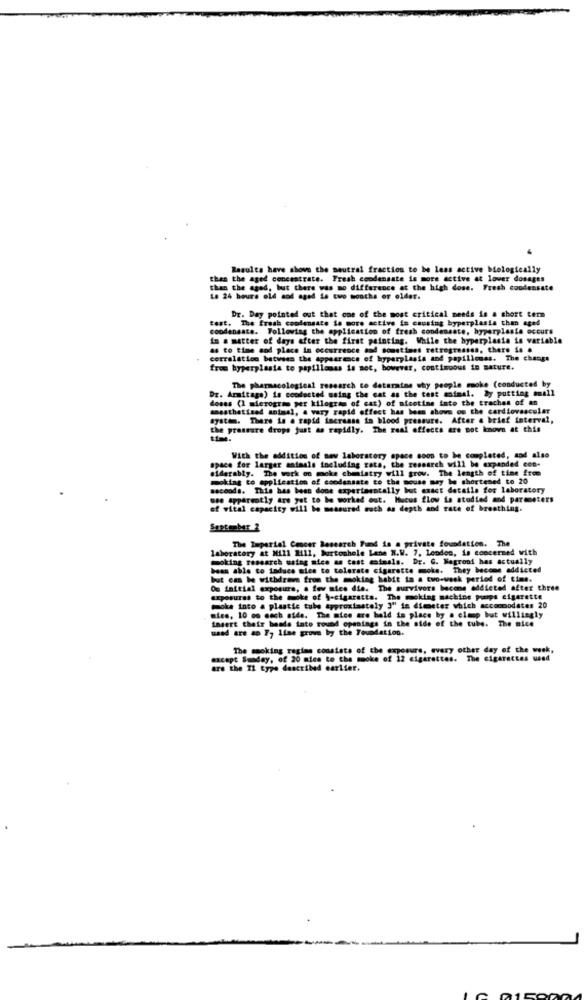
Results have shove the seutral fraction to be less active biologically
than the aged concentrate. Fresh condensate is more active at lower dosages
than the aged, but there was no difference at the high dose. Fresh condensate
La 24 hours old and aged Le two months or older.
test. The fresh condensate io more active is causing hyperplasia than aged
Dr. Day pointed out that one of the most critical needs is a short term
condensate. Following the application of fresh condensate, hyperplasie occurs
in a matter of days after the first painting. While the hyperplasia is variable
as to time and place in occurrence and soustines retrogressss, there is .
correlation between the Appearance of hyperplasia and papillonss. The change
from hyperplasia to papillomas is not, however, continuous in sature.
Dr. Armitage) is conducted using the cat as the test animal. by putting mall
The pharmacological research to determine why people moke (conducted by
doses (1 microgram per kilogram of cat) of nicotine into the trachea of an
mmesthatised animal, a vary rapid effect has been shown on the cardiovascular
system. There is a rapid increase in blood pressure. After a brief interval,
the pressure drops just as rapidly. The real effects are not known at this
space for larger animals including zata, the research will be expanded con-
With the addition of new laboratory space soon to be completed, and also
siderably. The work on mcke chemistry will grow. The length of time free
moking to application of condensate to the mouse may be shortened to 20
seconda. This has been done experimentally but exact details for laboratory
une apparently are yet to be worked out. Mucus flow is studied and parameters
of vital capacity will be measured such as depth and rate of breathing.
Sestenber 2
The Imperial Cancer Research Fund is a private foundation. The
laboratory at Mill Mil, burtonhole Lene N.W. 7, London, is concerned with
moking research usteg sice as test animals. Dr. G. Nagront has actually
bean able to induce sice to tolerate cigarette moke. They become addicted
but can be withdrawn from the moking habit in a two-week period of time.
Ou Initial exposure, a few mies die. The survivors bacone addicted after three
exposures to the moke of h-cigaretts. The moking machine pumps cigarette
moka into a plastic tube approximately 3" in dimeter which accommodates 20
nice, 10 on each side. The nice are held in place by a clamp but willingly
insert their heads iato round openings in the side of the tube. The nice
used are an 7, line grove by the Foundation.
The smoking regime consists of the exposure, every other day of the week,
except Sunday, of 20 mica to the smoke of 12 cigarettes. The cigarettes used
are the IL type described earlier.